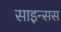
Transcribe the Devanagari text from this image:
साइन्सस